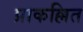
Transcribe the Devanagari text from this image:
प्राकल्लित